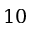
1 0